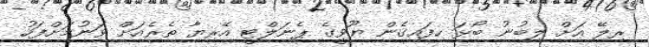
ރިލޭ އަށް ލިބުނު ބޯޅަ ހިފައިގެން ޔޫވީގެ ޕެނަލްޓީ އޭރިޔާ ތެރެއަށް ވަނުމަށްފަހު